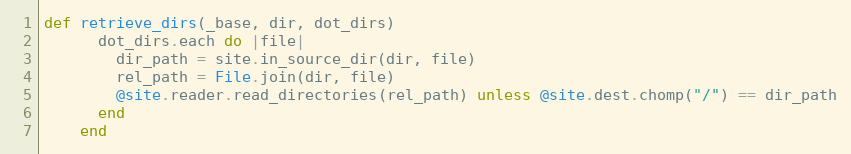
Language: Ruby
def retrieve_dirs(_base, dir, dot_dirs)
      dot_dirs.each do |file|
        dir_path = site.in_source_dir(dir, file)
        rel_path = File.join(dir, file)
        @site.reader.read_directories(rel_path) unless @site.dest.chomp("/") == dir_path
      end
    end